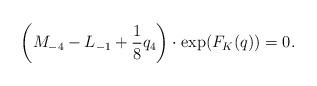
LaTeX: \begin{align*}\left(M_{-4}-L_{-1}+\frac{1}{8}q_4\right)\cdot \exp(F_K(q))=0.\end{align*}